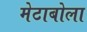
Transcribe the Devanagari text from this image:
मेटाबोला